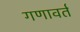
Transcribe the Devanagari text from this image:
गणावर्त